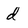
Character: d